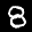
Label: 8